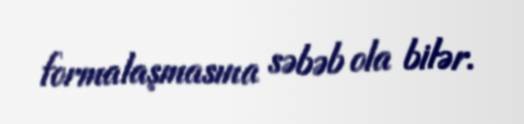
formalaşmasına səbəb ola bilər.